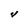
Character: V